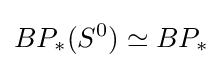
BP_{*}(S^{0})\simeq BP_{*}